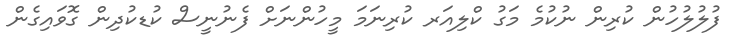
ފުލުލުހުން ކުރިން ނުކުމެ މަގު ކްލިއަރ ކުރިނަމަ މީހުންނަށް ފެނުނީސް ކުޑކުދިން ގޮވައިގެން